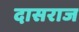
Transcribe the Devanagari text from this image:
दासराज